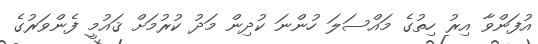
އުފަންވާ އިރު ހިތުގެ މައްސަލަ ހުންނަ ކުދިން މަދު ކުރުމަށް ޤައުމީ ފެންވަރުގެ